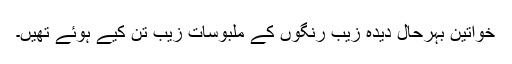
خواتین بہرحال دیدہ زیب رنگوں کے ملبوسات زیب تن کیے ہوئے تھیں۔